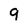
Character: 9